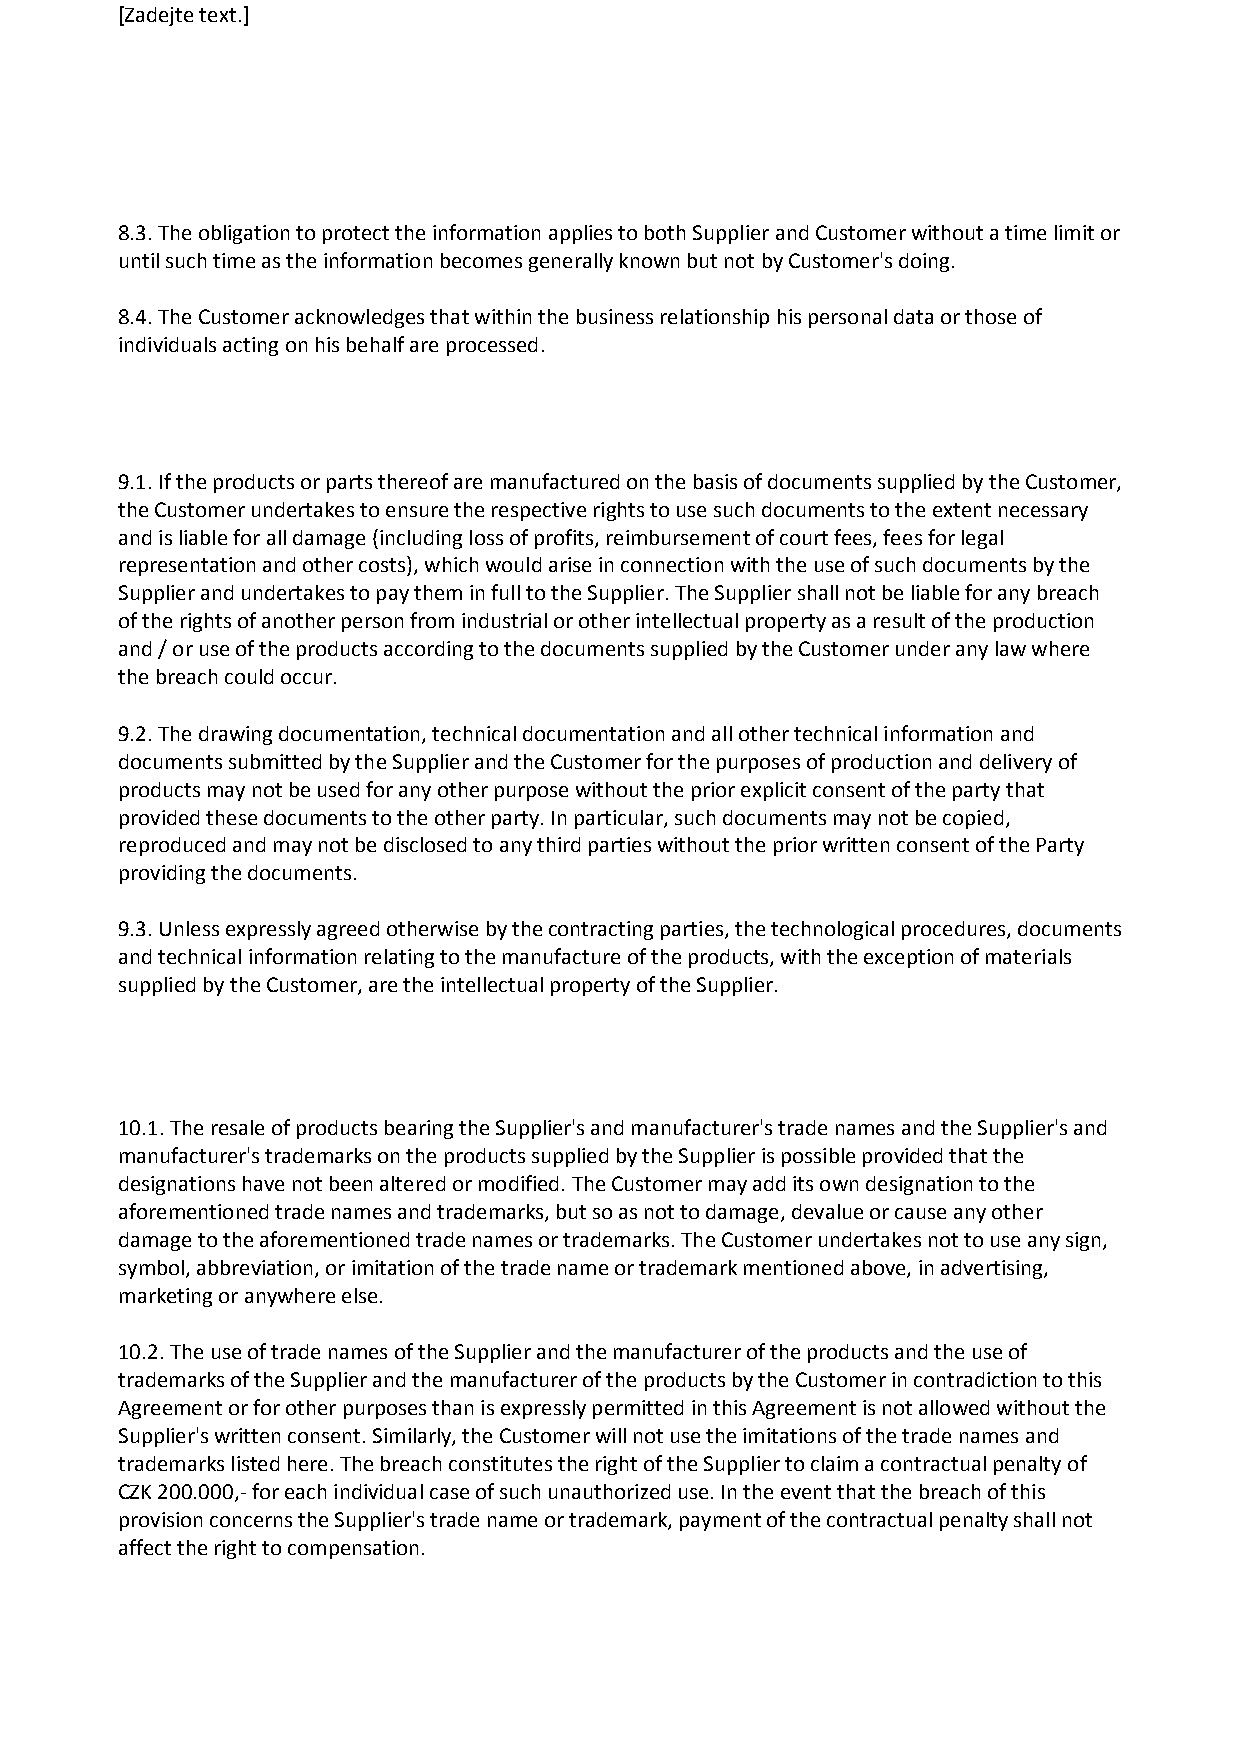
[Zadejte text.]
 8.3. The obligation to protect the information applies to both Supplier and Customer without a time limit or
 until such time as the information becomes generally known but not by Customer's doing.
 8.4. The Customer acknowledges that within the business relationship his personal data or those of
 individuals acting on his behalf are processed.
 Art. 9. Intellectual property rights
 9.1. If the products or parts thereof are manufactured on the basis of documents supplied by the Customer,
 the Customer undertakes to ensure the respective rights to use such documents to the extent necessary
 and is liable for all damage (including loss of profits, reimbursement of court fees, fees for legal
 representation and other costs), which would arise in connection with the use of such documents by the
 Supplier and undertakes to pay them in full to the Supplier. The Supplier shall not be liable for any breach
 of the rights of another person from industrial or other intellectual property as a result of the production
 and / or use of the products according to the documents supplied by the Customer under any law where
 the breach could occur.
 9.2. The drawing documentation, technical documentation and all other technical information and
 documents submitted by the Supplier and the Customer for the purposes of production and delivery of
 products may not be used for any other purpose without the prior explicit consent of the party that
 provided these documents to the other party. In particular, such documents may not be copied,
 reproduced and may not be disclosed to any third parties without the prior written consent of the Party
 providing the documents.
 9.3. Unless expressly agreed otherwise by the contracting parties, the technological procedures, documents
 and technical information relating to the manufacture of the products, with the exception of materials
 supplied by the Customer, are the intellectual property of the Supplier.
 Art. 10. Use of trade names and trademarks
 10.1. The resale of products bearing the Supplier's and manufacturer's trade names and the Supplier's and
 manufacturer's trademarks on the products supplied by the Supplier is possible provided that the
 designations have not been altered or modified. The Customer may add its own designation to the
 aforementioned trade names and trademarks, but so as not to damage, devalue or cause any other
 damage to the aforementioned trade names or trademarks. The Customer undertakes not to use any sign,
 symbol, abbreviation, or imitation of the trade name or trademark mentioned above, in advertising,
 marketing or anywhere else.
 10.2. The use of trade names of the Supplier and the manufacturer of the products and the use of
 trademarks of the Supplier and the manufacturer of the products by the Customer in contradiction to this
 Agreement or for other purposes than is expressly permitted in this Agreement is not allowed without the
 Supplier's written consent. Similarly, the Customer will not use the imitations of the trade names and
 trademarks listed here. The breach constitutes the right of the Supplier to claim a contractual penalty of
 CZK 200.000,- for each individual case of such unauthorized use. In the event that the breach of this
 provision concerns the Supplier's trade name or trademark, payment of the contractual penalty shall not
 affect the right to compensation.